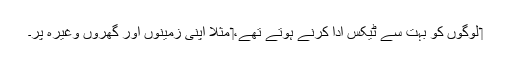
‏ لوگوں کو بہت سے ٹیکس ادا کرنے ہوتے تھے،‏ مثلاً اپنی زمینوں اور گھروں وغیرہ پر۔